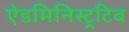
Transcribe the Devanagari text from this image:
ऐडमिनिस्ट्रटिव